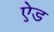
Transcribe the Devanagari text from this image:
ऐ़ड